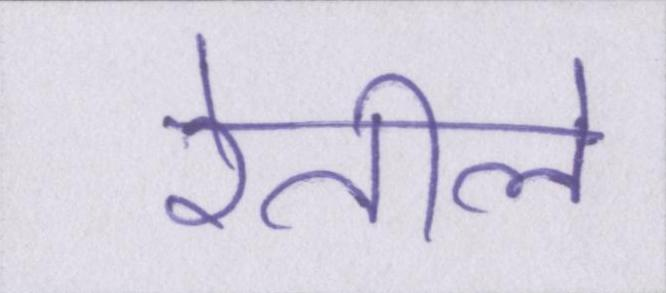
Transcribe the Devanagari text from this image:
रेतीले